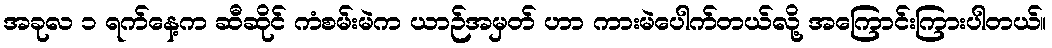
အခုလ ၁ ရက်နေ့က ဆီဆိုင် ကံစမ်းမဲက ယာဉ်အမှတ် ဟာ ကားမဲပေါက်တယ်လို့ အကြောင်းကြားပါတယ်။